Problem: 4 × 4 = ?
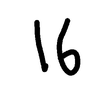
Handwritten answer: 16